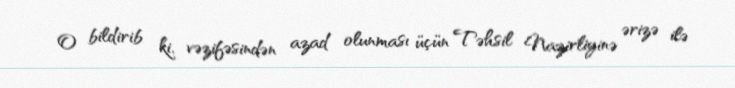
O bildirib ki, vəzifəsindən azad olunması üçün Təhsil Nazirliyinə ərizə ilə